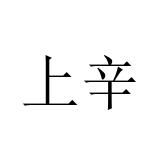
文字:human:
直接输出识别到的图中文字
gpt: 上辛